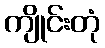
ကျိုင်းတုံ